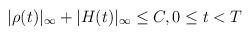
LaTeX: \begin{align*}|\rho(t)|_{\infty}+|H(t)|_{\infty}\leq C, 0\leq t< T\end{align*}